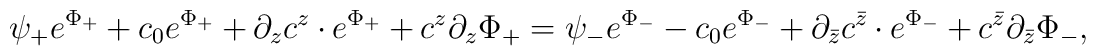
\psi_{+}e^{\Phi_{+}} + c_{0}e^{\Phi_{+}} + \partial_{z} c^{z}  \cdot e^{\Phi_{+}}  + c^{z}\partial_{z}\Phi_{+} =  \psi_{-}e^{\Phi_{-}} - c_{0}e^{\Phi_{-}} + \partial_{\bar{z}}  c^{\bar{z}} \cdot e^{\Phi_{-}} + c^{\bar{z}}\partial_{\bar{z}}\Phi_{-},